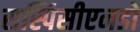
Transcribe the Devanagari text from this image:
सस्पिसीएनडो